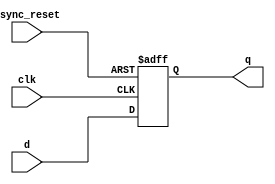

module dff_asyncres ( input clk ,  input async_reset , input d , output reg q );
always @ (posedge clk , posedge async_reset)
begin
	if(async_reset)
		q <= 1'b0;
	else	
		q <= d;
end
endmodule